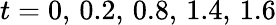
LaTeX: t=0,\, 0.2,\, 0.8,\, 1.4,\, 1.6